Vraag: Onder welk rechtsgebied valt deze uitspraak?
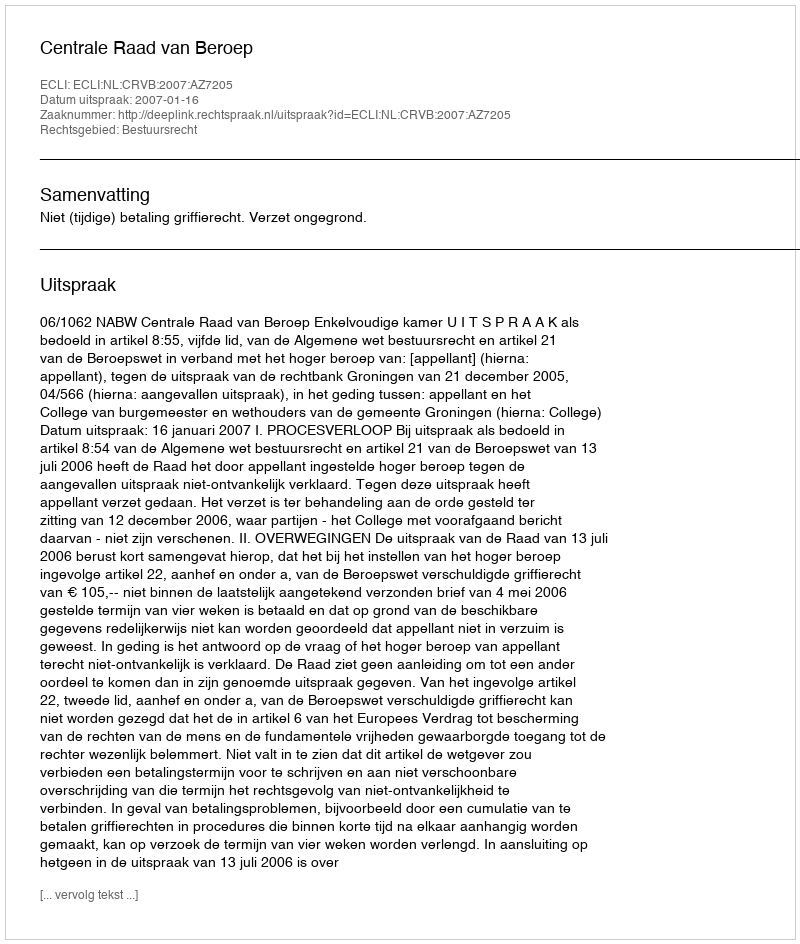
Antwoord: Bestuursrecht